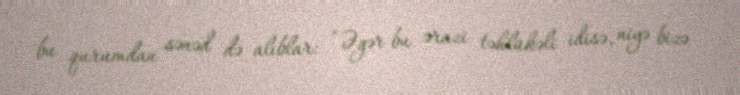
bu qurumdan sənəd də alıblar: “Əgər bu ərazi təhlükəli idisə, niyə bizə